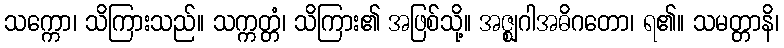
သက္ကော၊ သိကြားသည်။ သက္ကတ္တံ၊ သိကြား၏ အဖြစ်သို့။ အဇ္ဈဂါအဓိဂတော၊ ရ၏။ သမတ္တာနိ၊